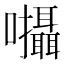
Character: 𡆄